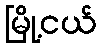
မြို့ငယ်